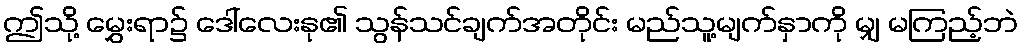
ဤသို့ မွှေးရာ၌ ဒေါ်လေးနု၏ သွန်သင်ချက်အတိုင်း မည်သူ့မျက်နှာကို မျှ မကြည့်ဘဲ